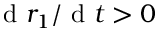
\mathrm { ~ d ~ } r _ { 1 } / \mathrm { ~ d ~ } t > 0